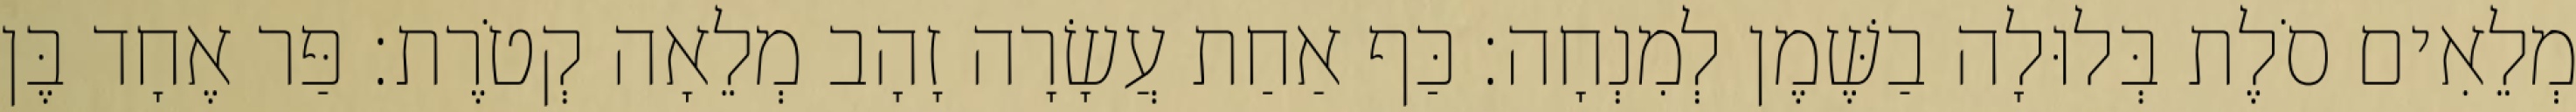
מְלֵאִים סֹלֶת בְּלוּלָה בַשֶּׁמֶן לְמִנְחָה׃ כַּף אַחַת עֲשָׂרָה זָהָב מְלֵאָה קְטֹרֶת׃ פַּר אֶחָד בֶּן